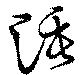
涶